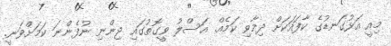
މިއީ އަޅުގަނޑުގެ ކާފައަކަށް ދިމާވި ކަމެއް. އަސްލު ވީގޮތުގައި ޖިންނި ނުފެންނަ ކަމަށްވަނީ.